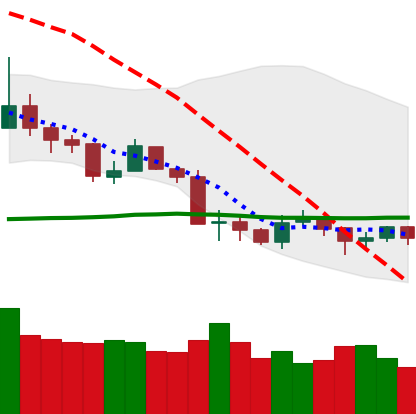
Ticker: LTC-USD
Chart end date: 2019-08-24
Forward return: -12.749%
Label: down_7plus